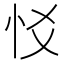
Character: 㤊